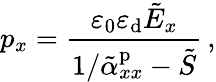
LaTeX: p_{x}=\frac{\varepsilon_{0}\varepsilon_{\mathrm{d}}\tilde{E}_{x}}{1/\tilde{\alpha}_{xx}^{\mathrm{p}}-\tilde{S}}\, ,